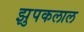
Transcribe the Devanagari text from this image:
झुपकलाल